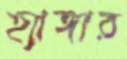
হ্যাঙ্গার